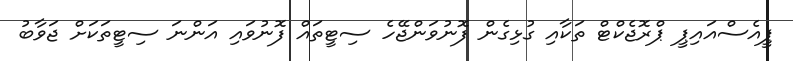
ޕީއެސްއައިޕީ ޕްރޮޖެކްޓް ތަކާއި ގުޅިގެން ފޮނުވަންޖޭހެ ސިޓީތައް ފޮނުވައި އަންނަ ސިޓީތަކަށް ޖަވާބު